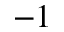
^ { - 1 }